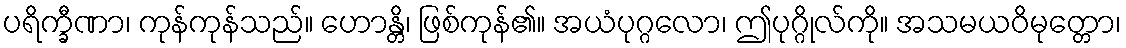
ပရိက္ခီဏာ၊ ကုန်ကုန်သည်။ ဟောန္တိ၊ ဖြစ်ကုန်၏။ အယံပုဂ္ဂလော၊ ဤပုဂ္ဂိုလ်ကို။ အသမယဝိမုတ္တော၊